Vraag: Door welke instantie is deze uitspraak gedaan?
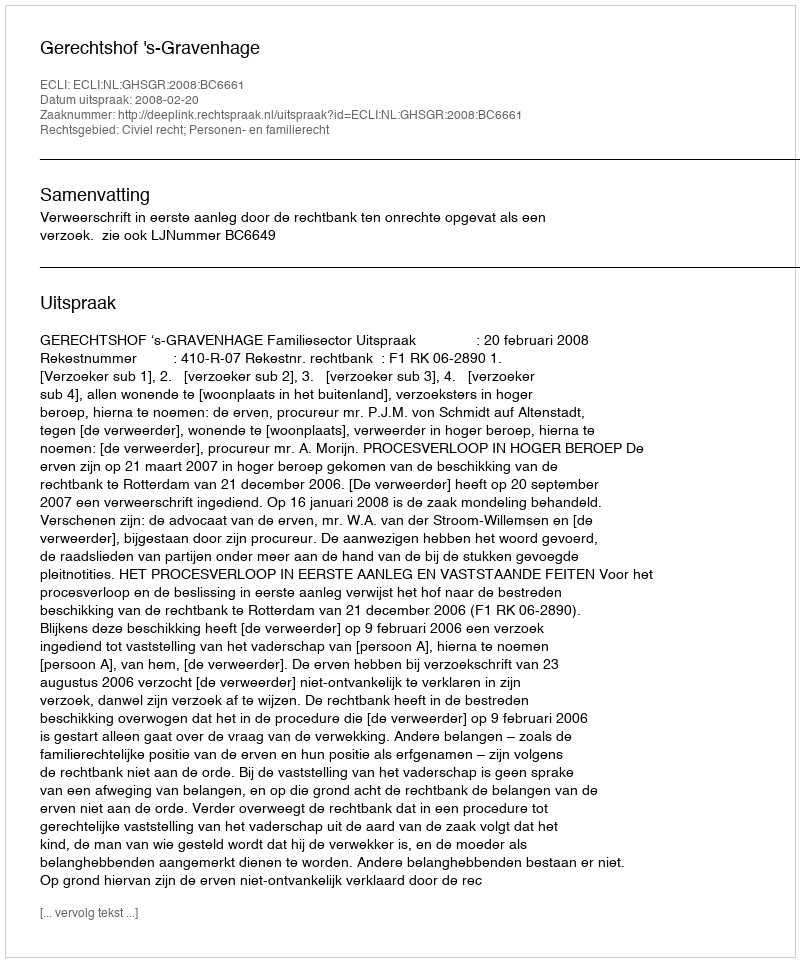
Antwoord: Gerechtshof 's-Gravenhage